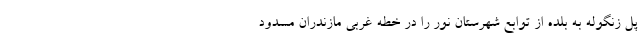
پل زنگوله به بلده از توابع شهرستان نور را در خطه غربی مازندران مسدود